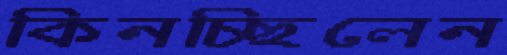
কিনচ্ছিলেন